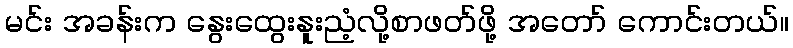
မင်း အခန်းက နွေးထွေးနူးညံ့လို့စာဖတ်ဖို့ အတော် ကောင်းတယ်။